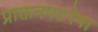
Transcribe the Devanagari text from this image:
प्राक्तनपटरेषा